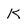
Character: k